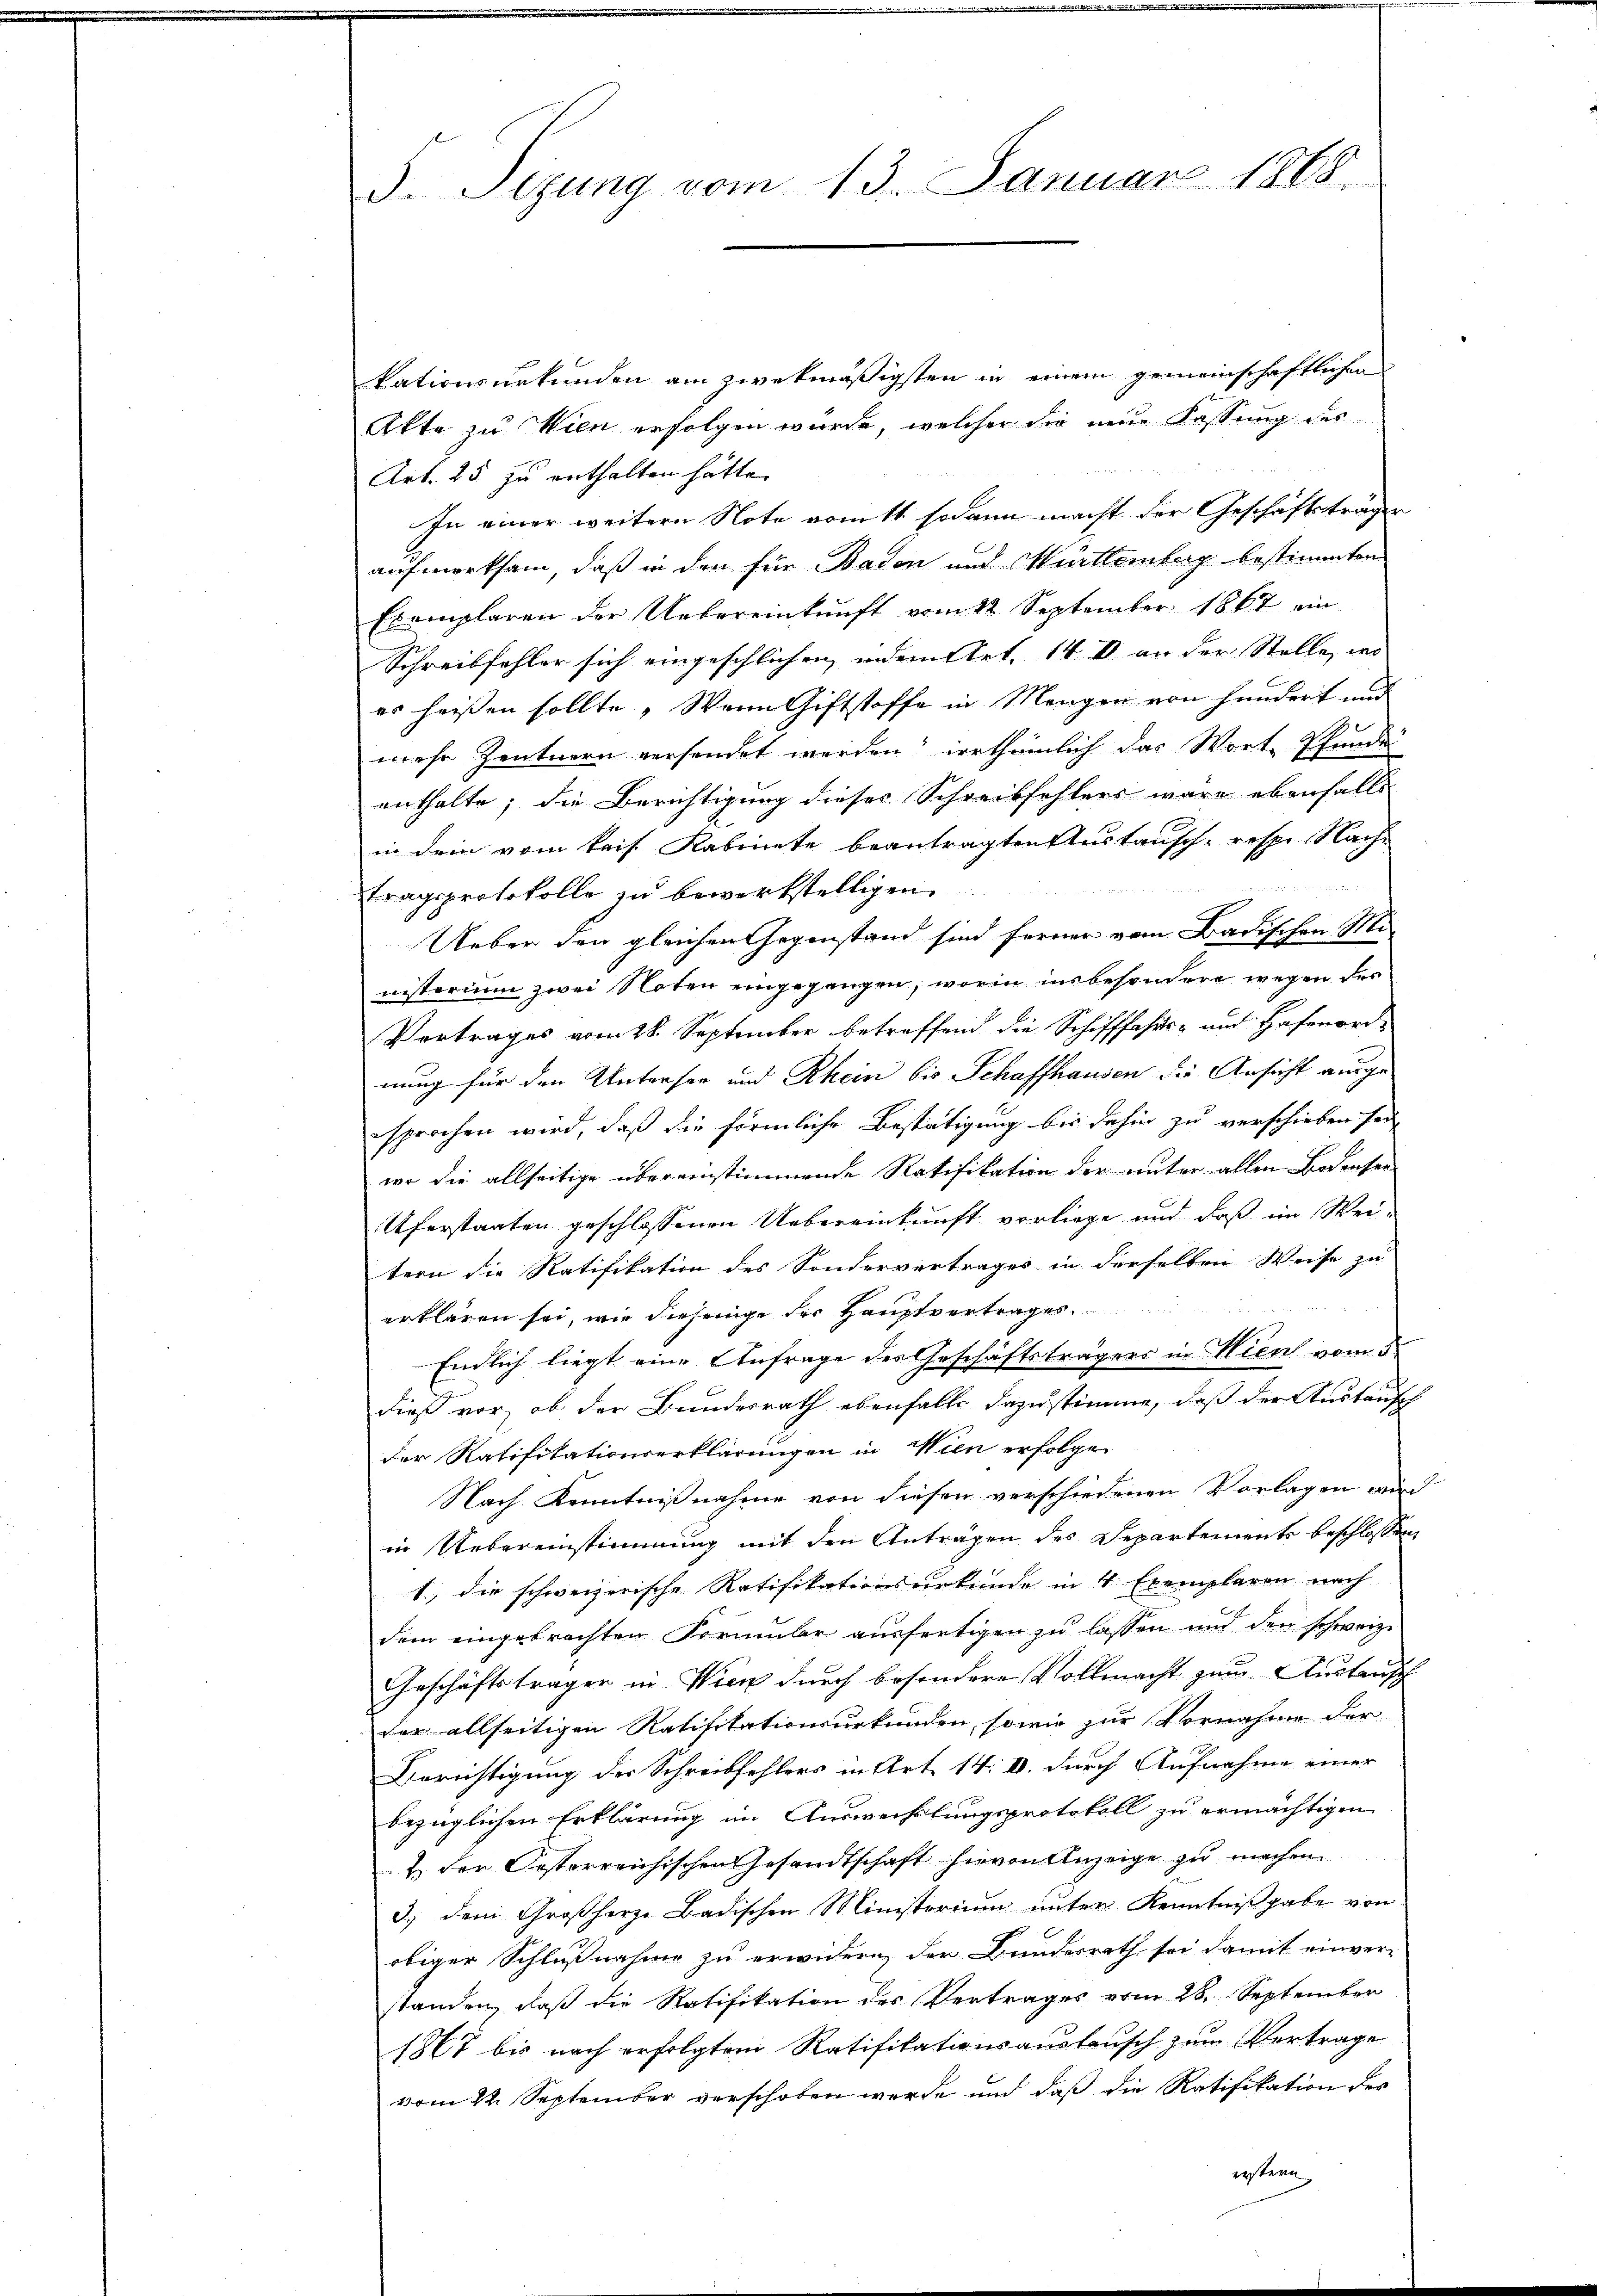
S. Tizung vom 13. Januar 1868.

vationsurkunden am zwekmäßigsten in einem gemeinschaftlichen
Akte zu Wien erfolgen wurde, welcher die neue Fassung des
Art. 25 zu enthalten hätte.
In einer weitern Note ernst sodann macht der Geschäftsträger
aufmerksam, daß in den für Baden und Mürttemberg bestimmten
Exemplaren der Uebereinkunft vom 12. September 1867 ein
Schreibfehler sich eingeschlichen, indem Art. 14 I an der Stelle, wo
es heissen sollte „Wenn Giftstoffe in Mengen von hundert und
nesr Zentnern versendet werden, irrthümlich das Worte Pfunde
enthalte; die Berichtigung dieses Schreibfehlers wäre ebenfalls
in dem vom kaif Kabinete beantragten Austausch- resp. Nach¬

tragsprotokolle zu bewerkstelligen.
Ueber den gleichen Gegenstand sind ferner vom Badischen Mi-
nisterium zwei Noten eingegangen, worin insbesondere wegen der
Vortrages vom 28. September betreffend die Schifffahrts- und Hafenord-
nung für den Untersee und Rhein bis Schaffhausen die Ansicht ausgeesprochen wird, daß die förmliche Bestätigung bis dahin zu verschieben sei,
wo die allseitige übereinstimmende Ratifikation der unter allen Bodenser
Uferstaaten geschlossenen Uebereinkunft vorliege und daß im Wei-
tern die Ratifikation des Sondervertrages in derselben Weise zu
erklären sei, wie diejenige der Hauptvertrages.
Endlich liegt eine Anfrage der Geschäftsträgers in Wien vom 5
dieß vor, ob der Bundesrath ebenfalls dazu stimme, daß der Austausch
der Ratifitationserklärungen in Wien erfolgen
Nach Kenntnißnahme von diesen verschiedenen Vorlagen wird
in Uebereinstimmung mit den Anträgen des Departements beschlossen
1., die schweizerische Ratifikationsurkunde in 4 Exemplaren nach
dem eingebrachten Formular ausfertigen zu lassen und den schweiz.
Geschäftsträger in Wien durch besondere Vollmacht zum Austausch
der allseitigen Ratifikationsurkunden, sowie zur Vornahme der
Berichtigung der Schreibfehlers in Art. 14. IV. durch Aufnahme einer
bezüglichen Erklärung im Auswechslungsprotokoll zu ermächtigen
& der Oesterreichischen Gesandtschaft hievon Anzeige zu machen
3.) dem Großherze Badischen Ministerium unter Kenntnißgabe von
obiger Schlußnahme zu erwidern der Bundesrath sei damit einver-
standen, daß die Ratifikation des Vertrages vom 28. September
1867 bis nach erfolgtem Ratifikationsanstausch zum Vertrage
vom 22. September verschoben werde und daß die Ratifikation des
erstern